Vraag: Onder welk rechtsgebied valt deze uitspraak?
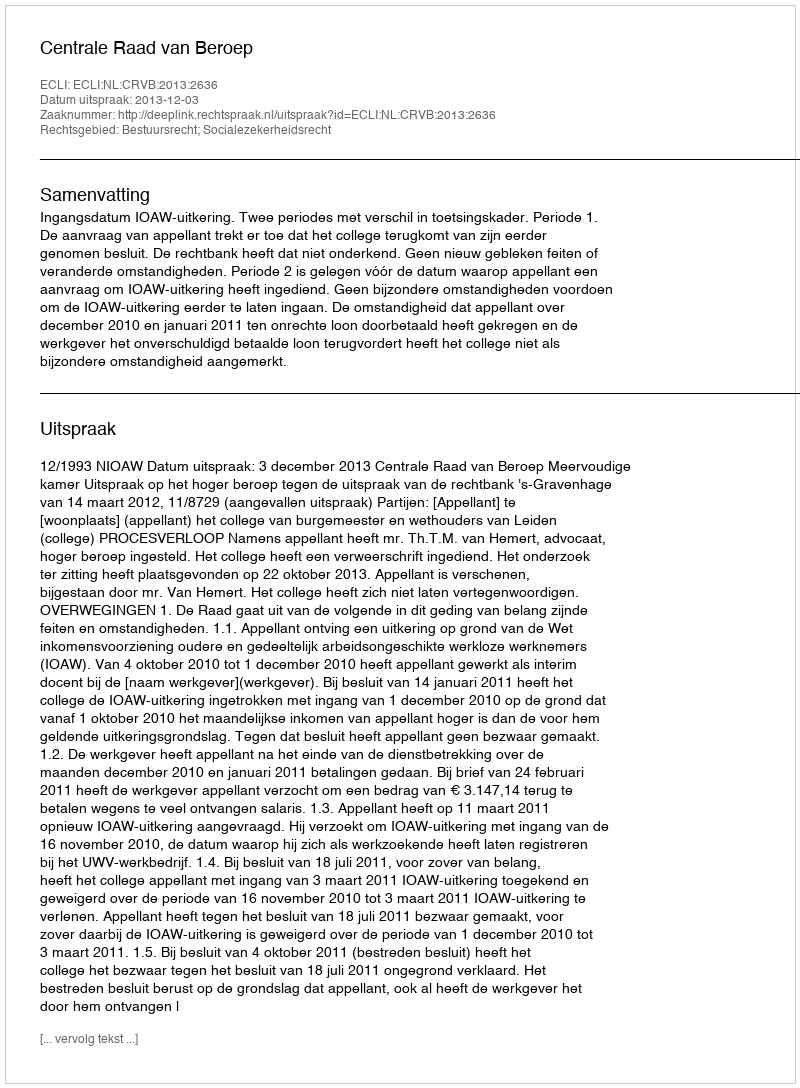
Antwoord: Bestuursrecht; Socialezekerheidsrecht